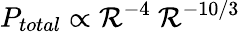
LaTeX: P_{total}\propto\mathcal{R}^{-4}~\mathcal{R}^{-10/3}